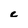
Character: c